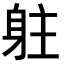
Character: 𨈫